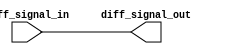
module io_diff_buffer (
    input [1:0] diff_signal_in,
    output [1:0] diff_signal_out
);

assign diff_signal_out = diff_signal_in;

endmodule